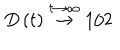
D \left( t \right) \stackrel { t \rightarrow \infty } { { \rightarrow } } 1 / 2